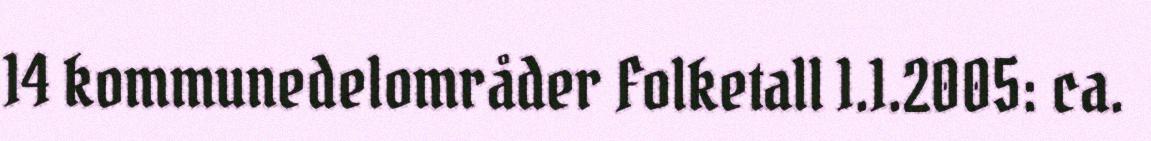
14 kommunedelområder Folketall 1.1.2005: ca.